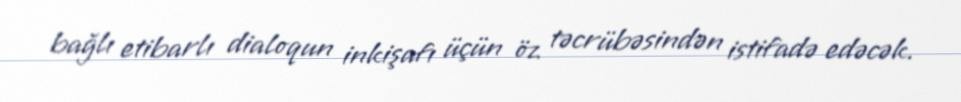
bağlı etibarlı dialoqun inkişafı üçün öz təcrübəsindən istifadə edəcək.